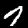
Label: 7